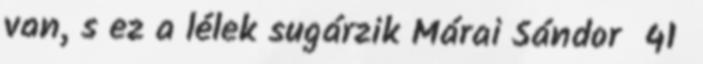
van, s ez a lélek sugárzik Márai Sándor 41